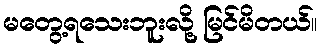
မတွေ့ရသေးဘူးလို့ မြင်မိတယ်။